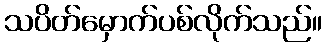
သပိတ်မှောက်ပစ်လိုက်သည်။